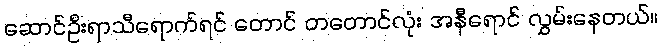
ဆောင်ဦးရာသီရောက်ရင် တောင် တတောင်လုံး အနီရောင် လွှမ်းနေတယ်။